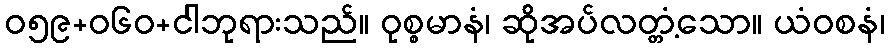
ဝ၅၉+၀၆ဝ+ငါဘုရားသည်။ ဝုစ္စမာနံ၊ ဆိုအပ်လတ္တံ့သော။ ယံဝစနံ၊